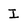
Character: I